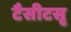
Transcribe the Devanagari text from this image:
टैसीटसृ